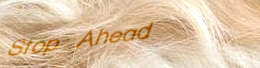
Stop Ahead